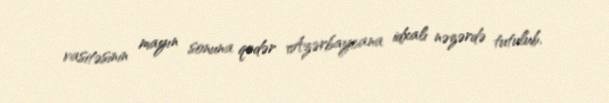
vasitəsinin mayın sonuna qədər Azərbaycana idxalı nəzərdə tutulub.